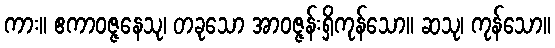
ကား။ ဧကာဝဇ္ဇနေသု၊ တခုသော အာဝဇ္ဇန်းရှိကုန်သော။ ဆသု၊ ကုန်သော။